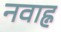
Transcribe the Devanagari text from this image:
नवाह्न